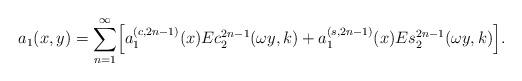
LaTeX: \begin{align*}a_1(x,y)=\sum_{n=1}^{\infty}\Bigl[a_1^{(c,2n-1)}(x)Ec_2^{2n-1}(\omega y,k)+a_1^{(s,2n-1)}(x)Es_2^{2n-1}(\omega y,k)\Bigr].\end{align*}